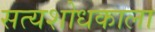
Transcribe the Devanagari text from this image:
सत्यशोधकाला